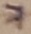
Text: 7